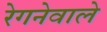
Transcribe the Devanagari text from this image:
रेगनेवाले